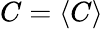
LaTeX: C=\langle C\rangle